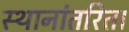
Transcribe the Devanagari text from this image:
स्थानांतरित।